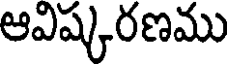
ఆవిష్కరణము